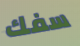
سفك